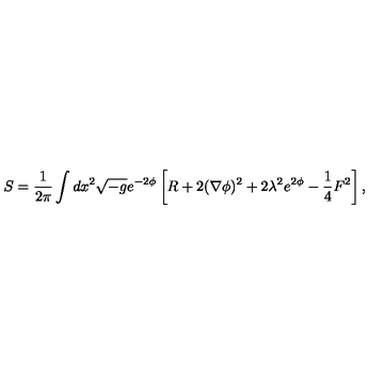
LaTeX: S = \frac { 1 } { 2 \pi } \int d x ^ { 2 } \sqrt { - g } e ^ { - 2 \phi } \left[ R + 2 ( \nabla \phi ) ^ { 2 } + 2 \lambda ^ { 2 } e ^ { 2 \phi } - \frac { 1 } { 4 } F ^ { 2 } \right] ,